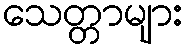
သေတ္တာများ